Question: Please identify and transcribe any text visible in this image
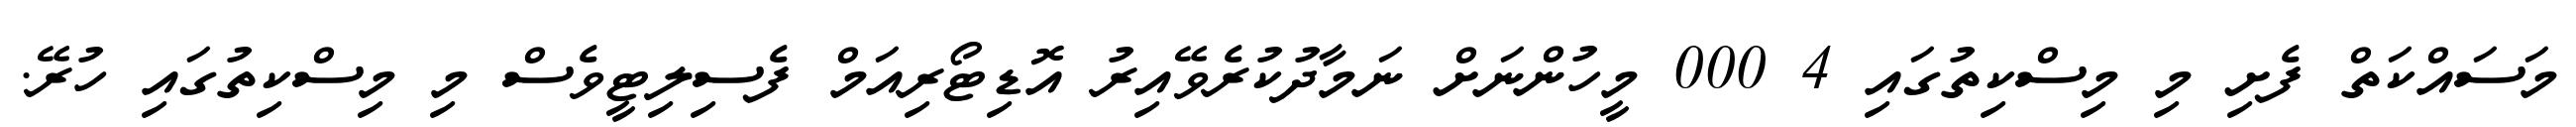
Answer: މަސައްކަތް ފެށި މި މިސްކިތުގައި 4 000 މީހުންނަށް ނަމާދުކުރެވޭއިރު އޮޑިޓޯރިއަމް ފެސިލިޓީވެސް މި މިސްކިތުގައި ހުރޭ.